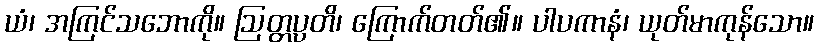
ယံ၊ အကြင်သဘောကို။ ဩတ္တပ္ပတိ၊ ကြောက်တတ်၏။ ပါပကာနံ၊ ယုတ်မာကုန်သော။